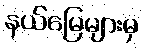
နယ်မြေများမှ